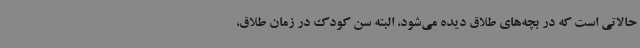
حالاتی است که در بچه‌های طلاق دیده می‌شود، البته سن کودک در زمان طلاق،